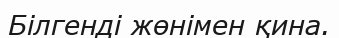
Білгенді жөнімен қина.